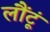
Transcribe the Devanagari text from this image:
लौंटूं